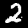
Digit: 2